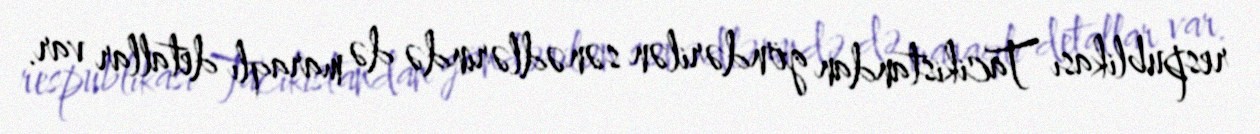
respublikası Tacikistandan göndərilən sənədlərində də maraqlı detallar var.